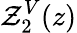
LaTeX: \mathcal{Z}_{2}^{V}(z)